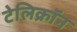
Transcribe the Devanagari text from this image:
टेलिक्रॉन